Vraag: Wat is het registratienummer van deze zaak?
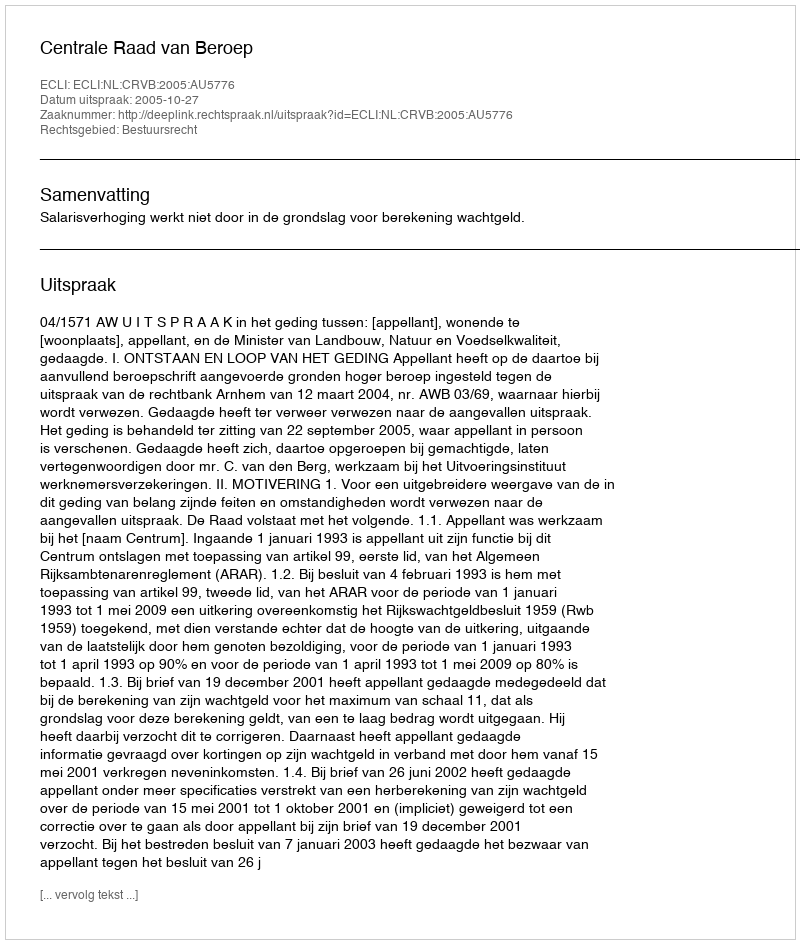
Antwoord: http://deeplink.rechtspraak.nl/uitspraak?id=ECLI:NL:CRVB:2005:AU5776